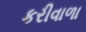
કરીવાળા